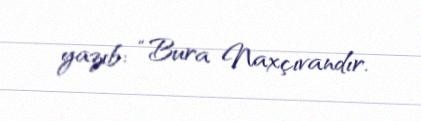
yazıb: “Bura Naxçıvandır.